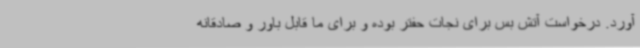
آورد. درخواست آتش بس برای نجات حفتر بوده و برای ما قابل باور و صادقانه